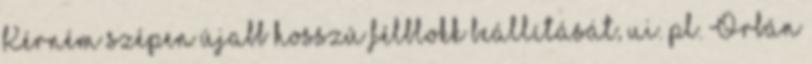
Kérném szépen újabb hosszú félblokk beállítását, ui. pl. Orbán